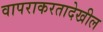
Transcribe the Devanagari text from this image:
वापराकरतादेखील